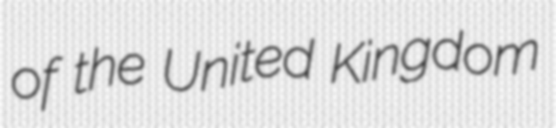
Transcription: of the United Kingdom